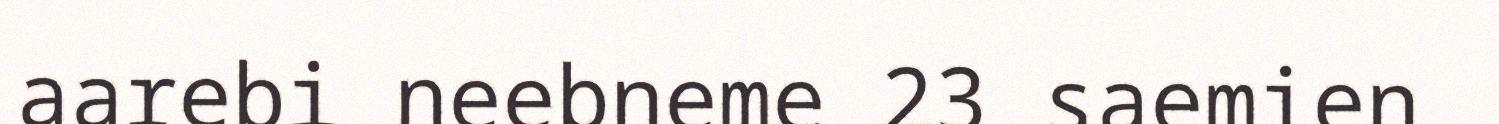
aarebi neebneme 23 saemien